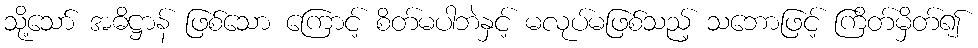
သို့သော် အဓိဋ္ဌာန် ဖြစ်သော ကြောင့် စိတ်မပါဘဲနှင့် မလုပ်မဖြစ်သည့် သဘောဖြင့် ကြိတ်မှိတ်၍